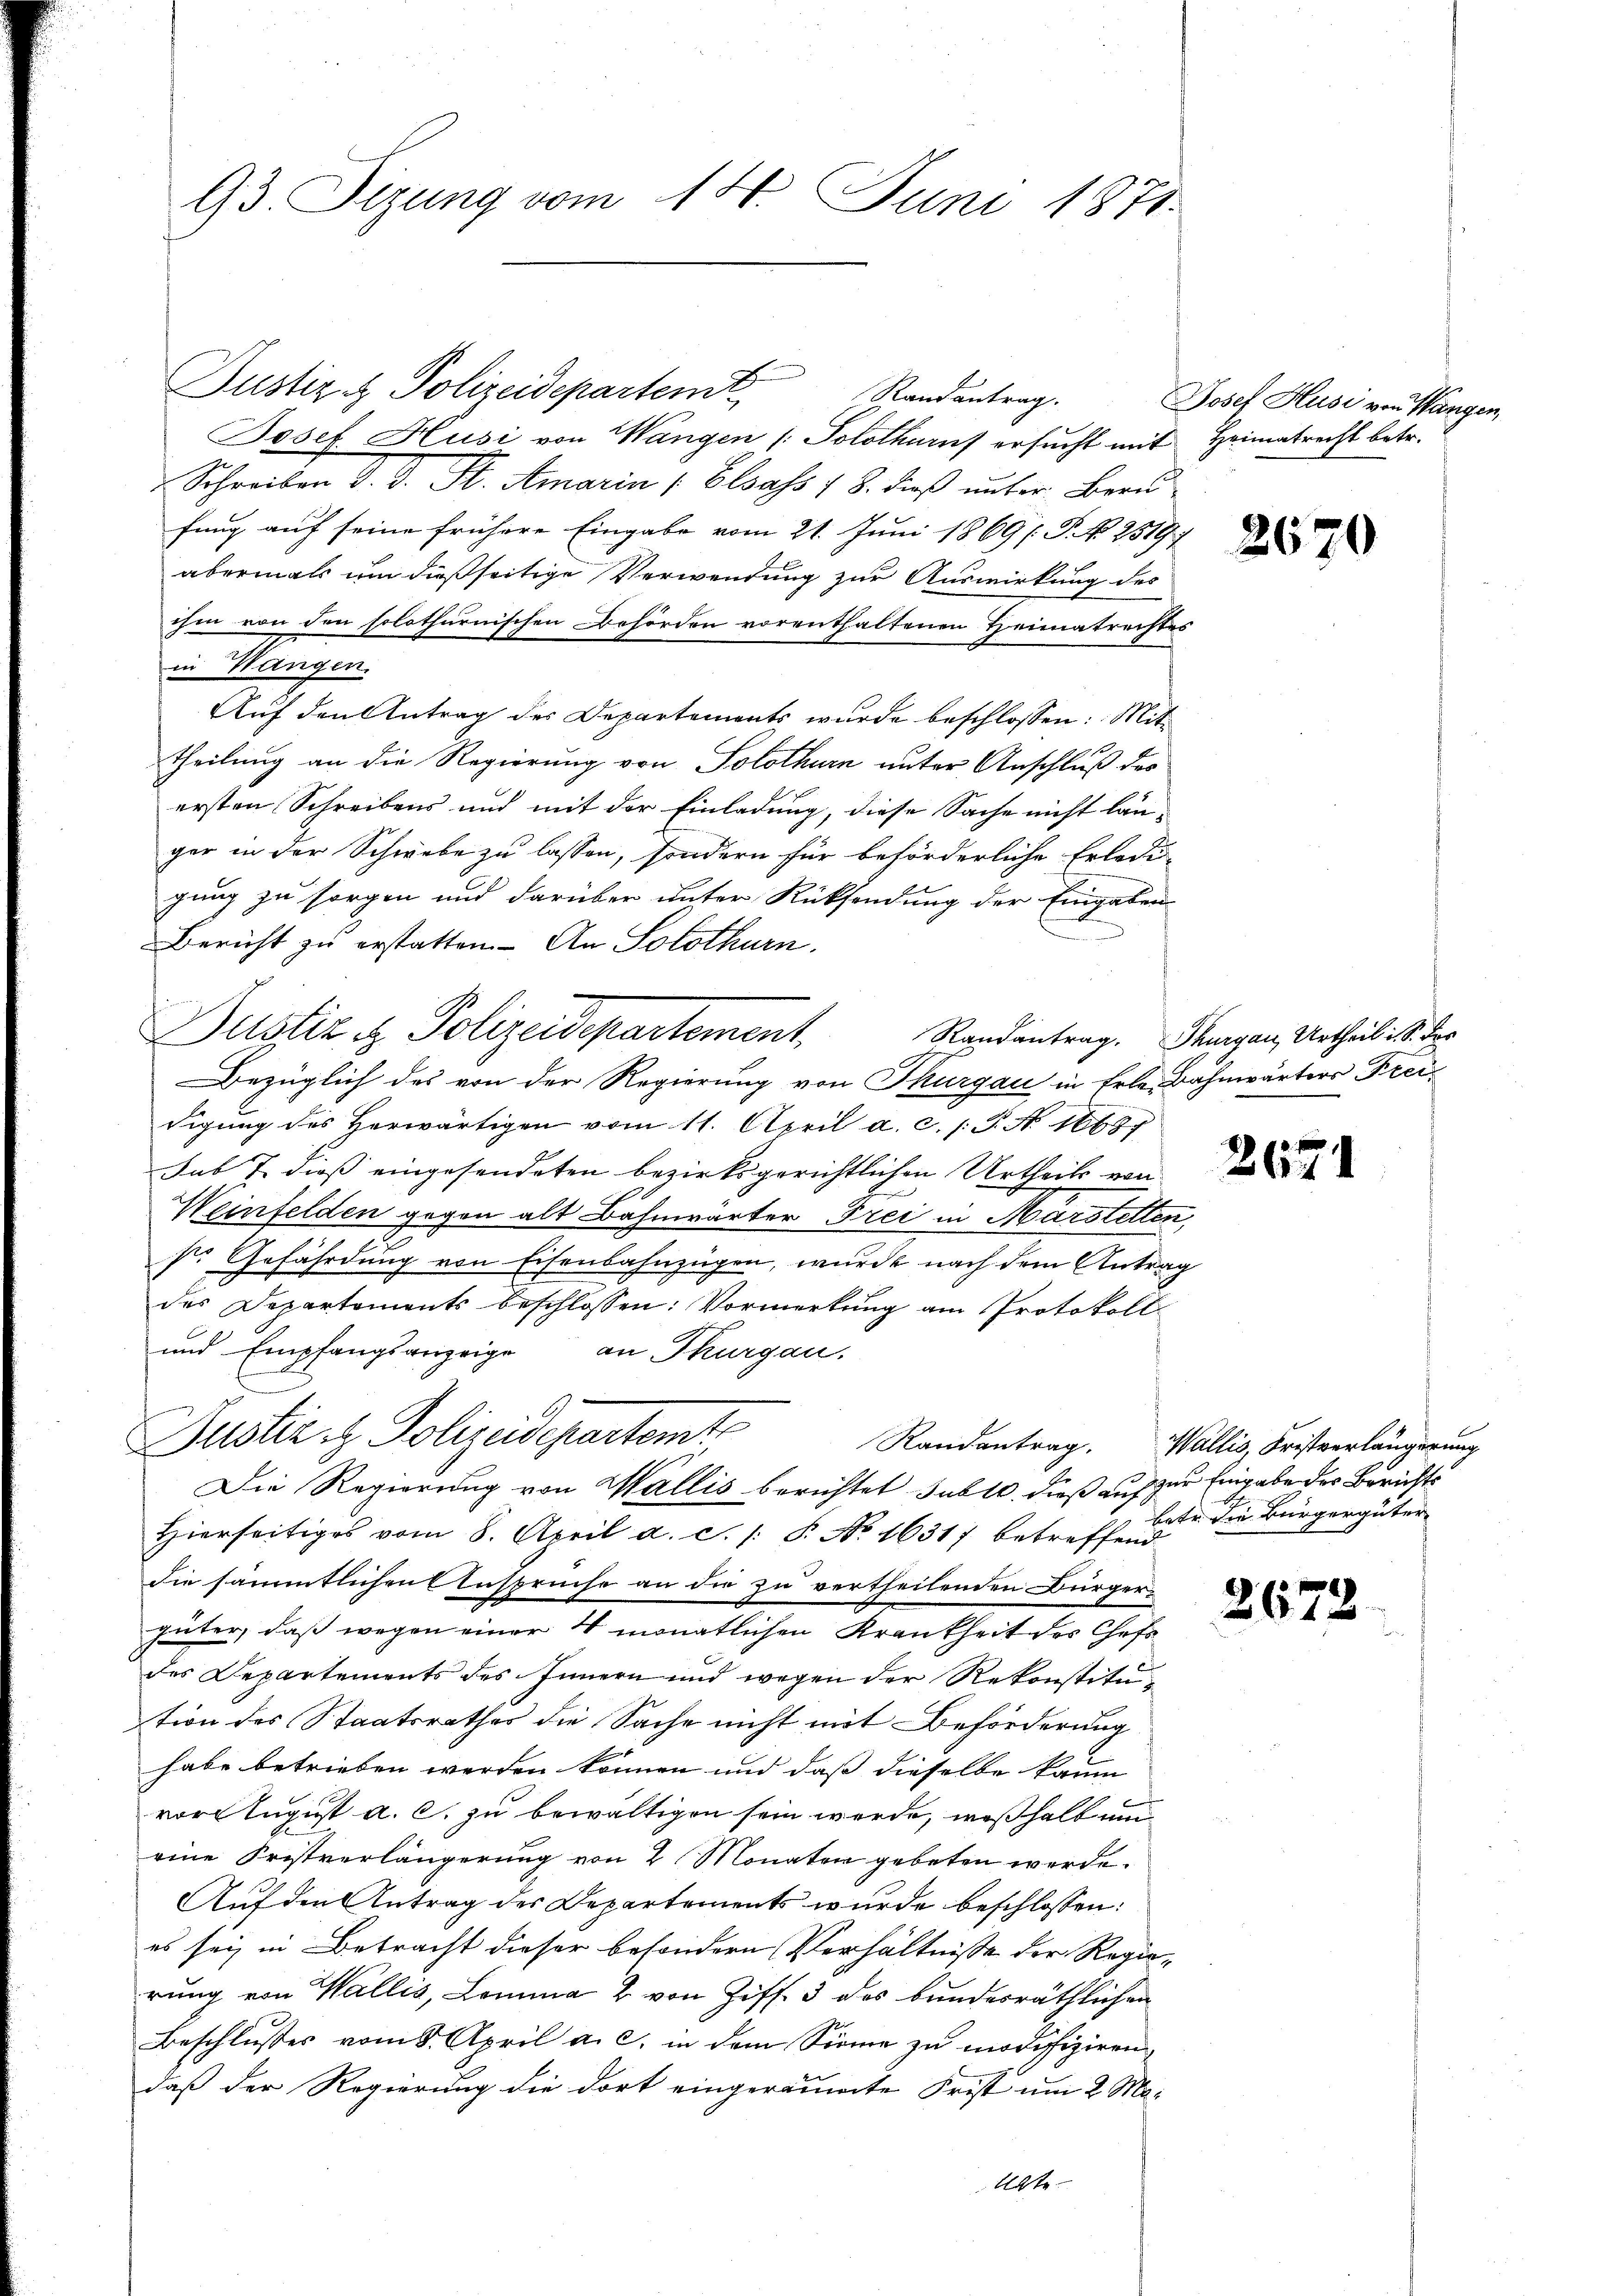
93. Tizung vom 14. Juni 1871.

Josef. Husi von Wangen /: Solothurf ersucht mit Heimatrecht betr.
Schreiben d. J. St. Amarin (Elsass 18. dieß unter Bern
fung auf seine frühere Eingabe vom 21. Juni 1869 [ P. No 25197
abermals um dießseitige Verwendung zur Auswirkung des
ihm von den solothurnischen Behörden vorenthaltenen Heimatrechtes
in Wangen.
Aŭf den Antrag des Departements wurde beschlossen: Mittheilung an die Regierung von Solothurn unter Anschluß des
ersten Schreibens und mit der Einladung, diese Sache nicht län-
ger in der Schwebe zu lassen, sondern für beförderliche Erledi
gung zu sorgen und darüber unter Rücksendung der Eingaben
Bericht zu erstatten. An Solothurn.
Bezüglich des von der Regierung von Thurgau in Erle, Bahnwärters Freidigung des herwärtigen vom 11. April a. c. l. J. N. 16687
sub 7. dieß eingesendeten bezirksgerichtlichen Urtheils von
Weinfelden gegen alt Bahnwärter Frei in Marstetten,
str. Gefährdung von Eisenbahnzügen, wurde nach dem Antrag
des Departements beschlossen: Vormerkung am Protokoll¬
und Empfangsanzeige an Thurgau,
Justiz & Polizeidepartem Randantrag. Wallis, Fristverlängerung
Die Regierung von Wallis berichtet sub 10. dieß auf zur Eingabe des Berichts
Hierseitiges vom 8. April a. c. /: P. No 16317 betreffend
die sämmtlichen Anspruche an die zu vertheilenden Bürger-
güter, daß wegen einer 4 monatlichen Krankheit des Chefs
des Departements des Innern und wegen der Rekonstitution des Staatsrathes die Sache nicht mit Beförderung
habe betrieben werden können und daß dieselbe kaum
vor August a. c. zu bewältigen sein werde, weßhalb um
eine Fristverlängerung von 2 Monaten gebeten werde.
Auf den Antrag der Departements wurde beschlossen:
es sei in Betracht dieser besondern Verhältnisse der Regierung von Wallis, Lomma 2 von Ziff. 3 des bundesräthlichen
Beschlusses vom 8. April a. c. in dem Sinne zu modifiziren,
daß der Regierung die dort eingeräumte Frist um 2 Ma¬
Abte

Justiz- & Polizeidepartemt

Justiz & Polizeidepartement.

Randantrag.

Josef Husi von Wange

26

2671

2673

i

Randantrag. Thurgau, Urtheili S. des

betr. die Bürgergüter